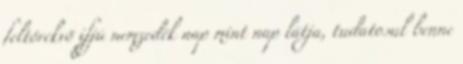
feltörekvõ ifjú nemzedék nap mint nap látja, tudatosul benne